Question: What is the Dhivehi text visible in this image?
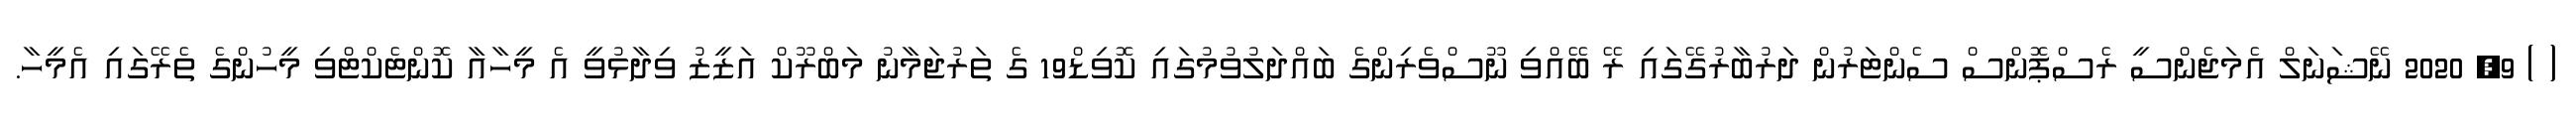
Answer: ( ) 9, 2020 ނޭޝަނަލް އެމަޖެންސީ ރެސްޕޮންސް ސެންޓަރުން ދަރުބާރުގޭގައި ރޭ ބޭއްވި ނޫސްވެރިންގެ ބައްދަލުވުމުގައި ކޮވިޑް19 ގެ ތަރުޖަމާނު މަބްރޫކް އަޒީޒު ވިދާޅުވީ އެ މީހާއާ ކޮންޓެކްޓްވި މީހުންގެ ތެރޭގައި އެމީހާ.